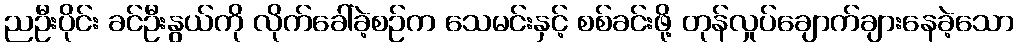
ညဦးပိုင်း ခင်ဦးနွယ်ကို လိုက်ခေါ်ခဲ့စဉ်က သေမင်းနှင့် စစ်ခင်းဖို့ တုန်လှုပ်ချောက်ချားနေခဲ့သော